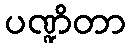
ပဏ္ဍိတာ